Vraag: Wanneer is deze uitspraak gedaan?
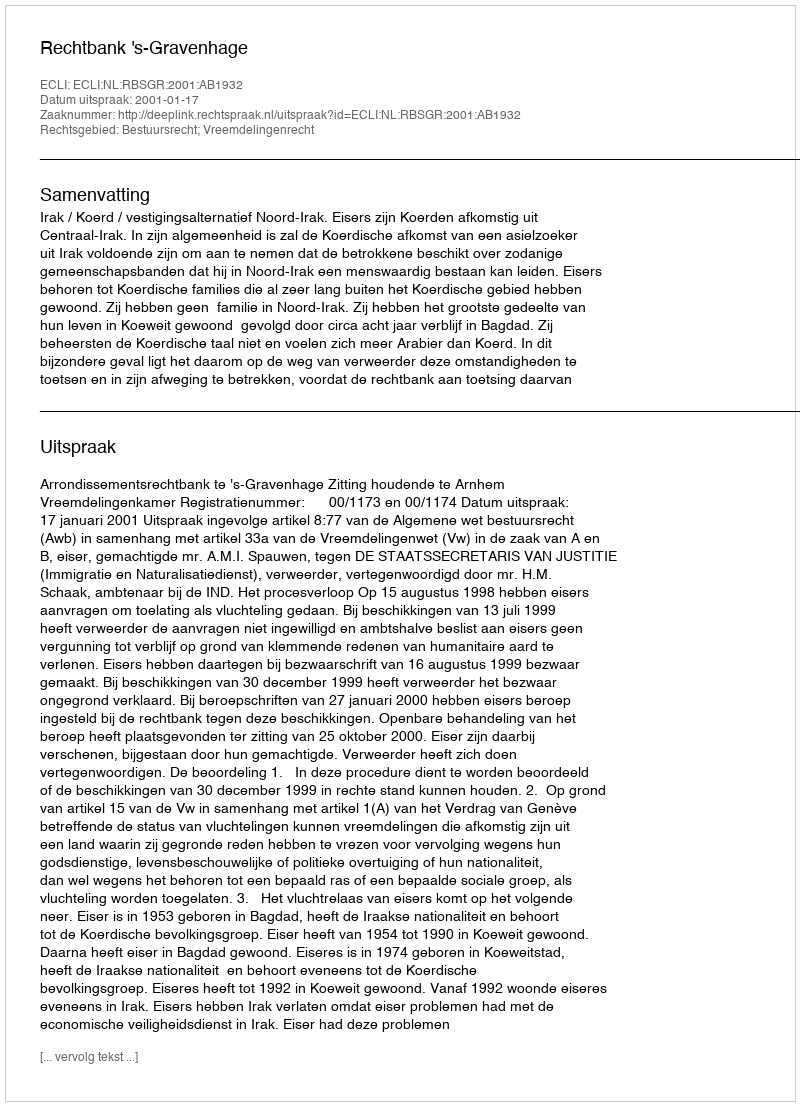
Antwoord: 2001-01-17